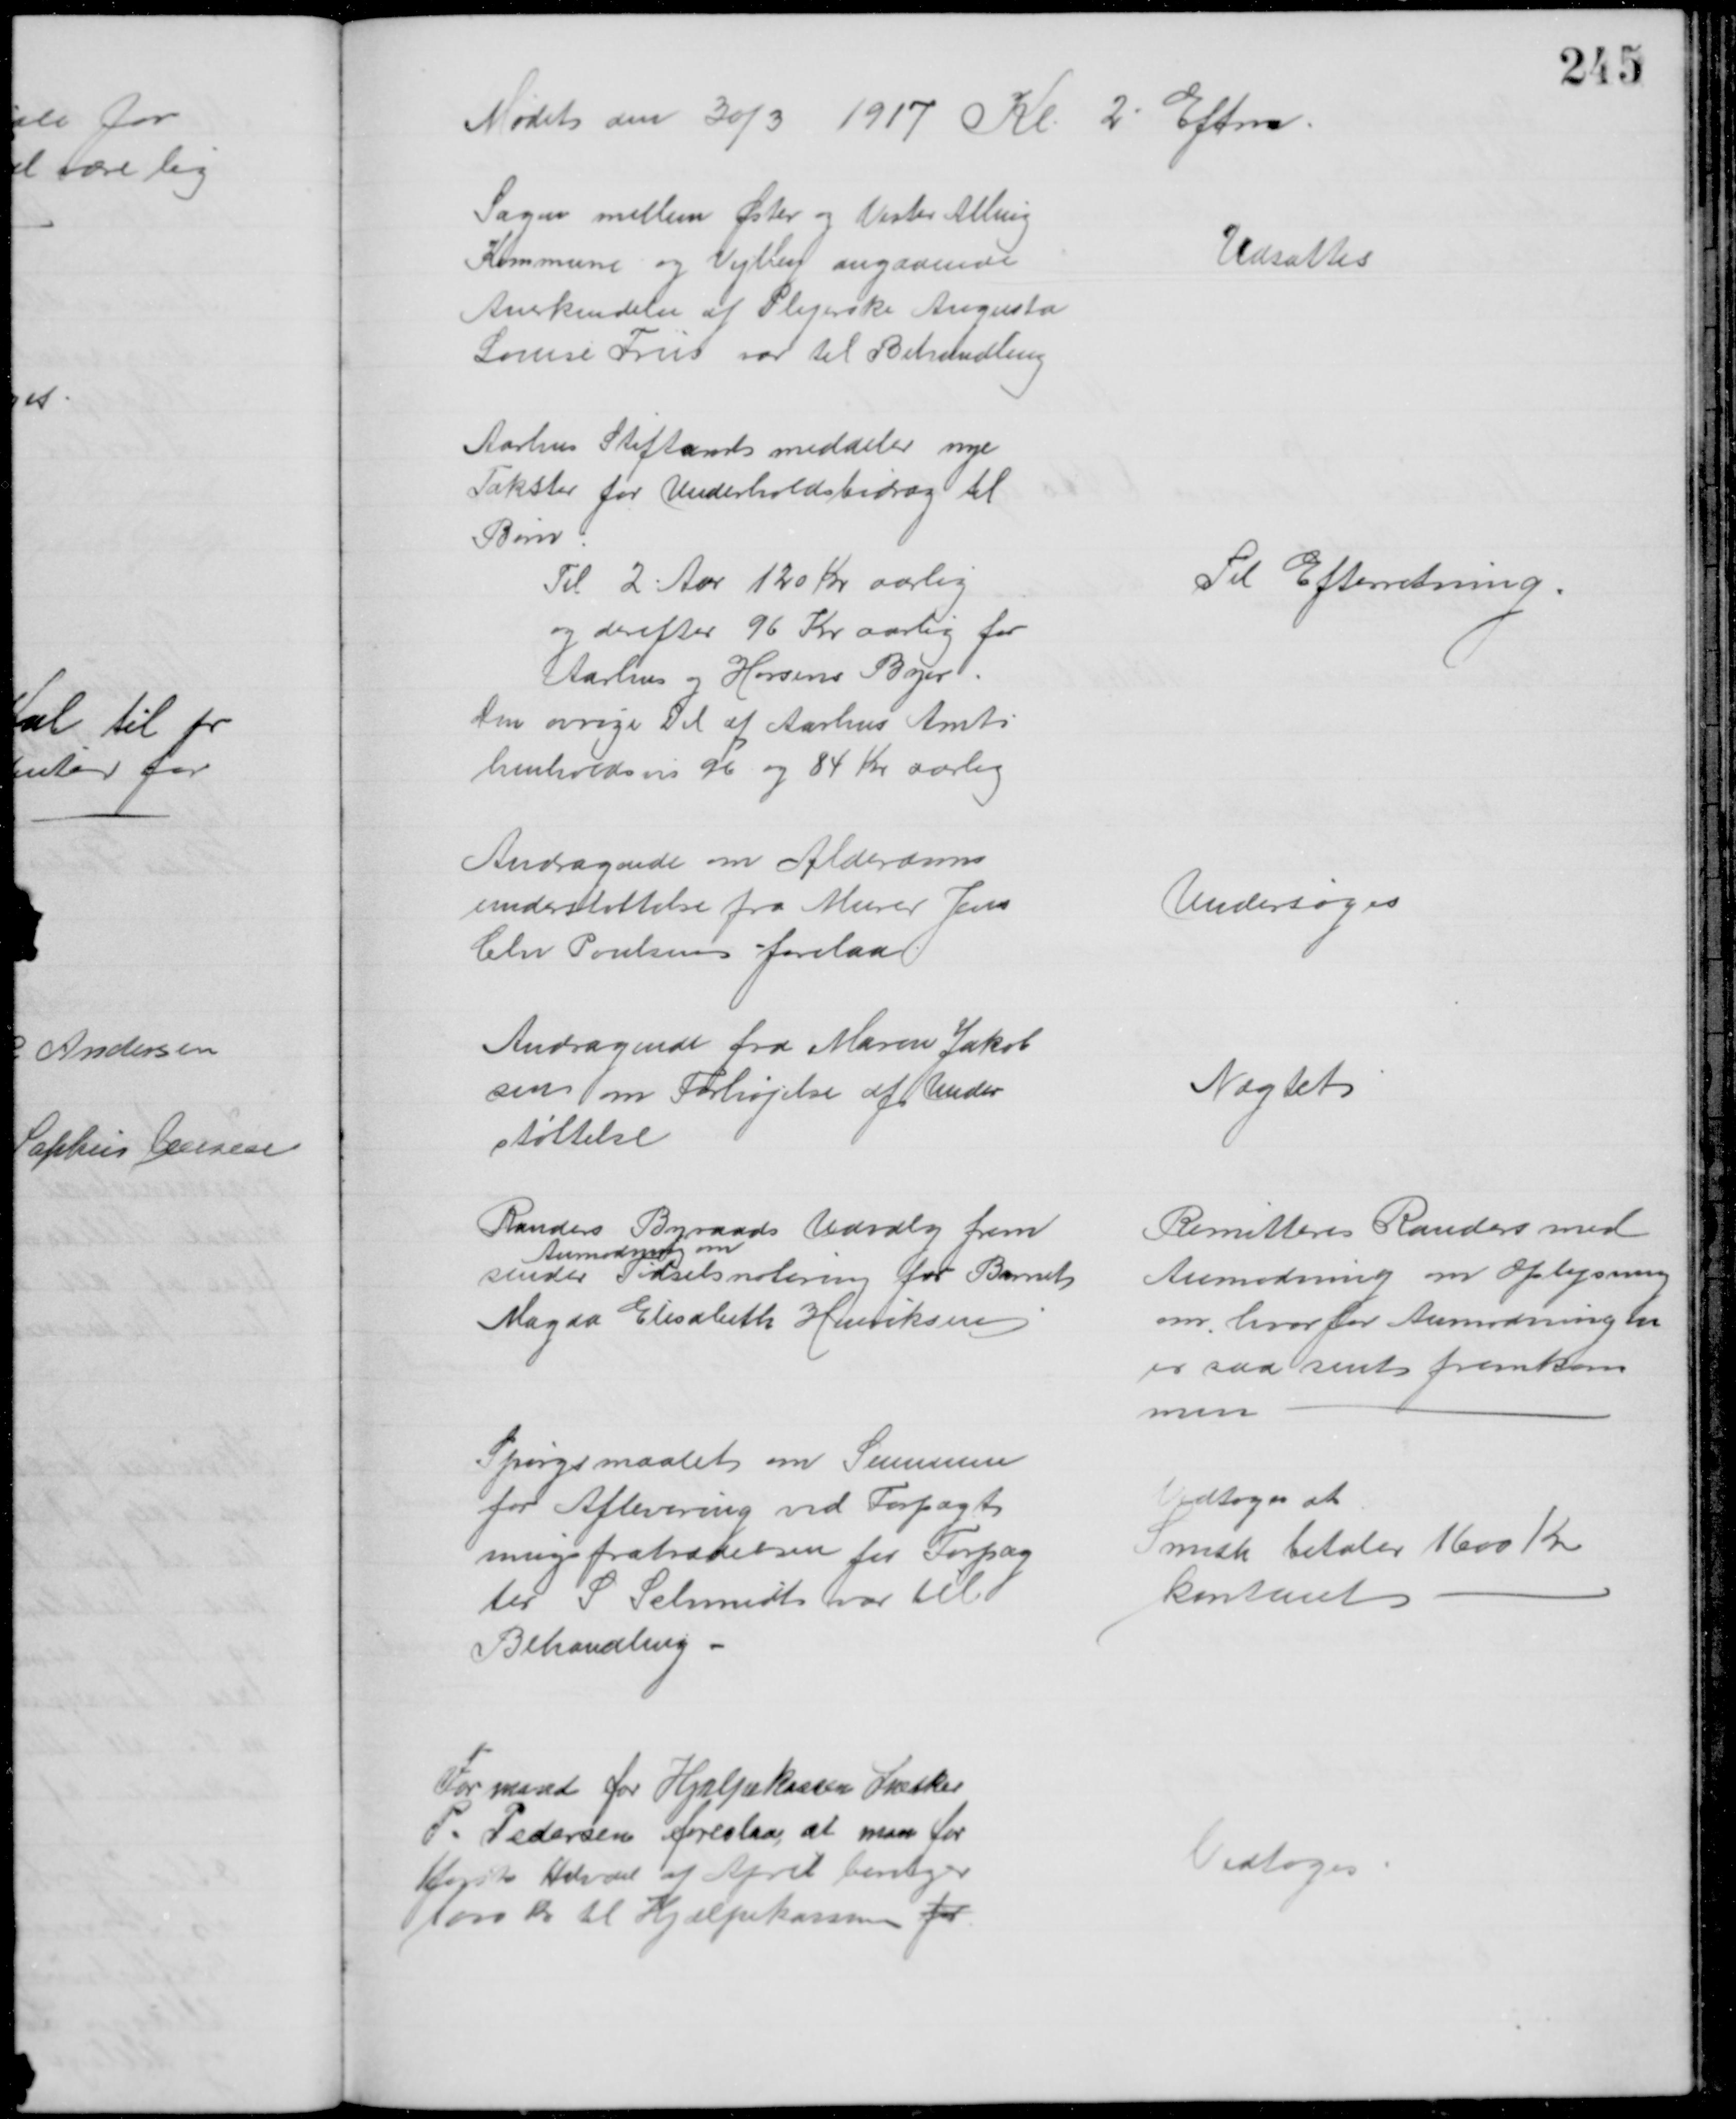
Transskription:
Mødet den 30/3 1917 Kl 2 Eftm.
Sagen mellem Øster og Vester Alling
Kommune og Vejlby angaaende
Anerkendelse af Plejerske Augusta
Louise Friis var til Behandling
Udsattes
Aarhus Stiftamt meddeler nye
Takster for Underholdsbidrag til 
Børn
Til 2 Aar 120 Kr aarlig
og derefter 96 Kr aarlig for
Aarhus og Horsens Byer.
Den øvrige Del af Aarhus Amt
henholdsvis 96 og 84 Kr aarlig
Til Efterretning
Andragende om Alderdoms
understøttelse fra Murer Jens
Chr Poulsen forelaa
Undersøges
Andragende fra Maren Jakob
sen om Forhøjelse af Under
støttelse
Nægtet
Randers Byraads Udvalg frem
sender 
Anmodning om
Fødselsnotering for Barnet
Magda Elisabeth Henriksen
Remitteres Randers med
Anmodning om Oplysning
om, hvorfor Anmodningen
er saa sent fremkom
men
Spørgsmaalet om Summen
for Aflevering ved Forpagt
ningsfratrædelsen for Forpag
ter S Schmidt var til
Behandling
Vedtoges at
Smith betaler 1600 Kr
kontant
Formand for Hjælpekassen Snedker
P. Pedersen foreslaar, at man for
1første Halvdel af April bevilger
1000 Kr til Hjælpekassen for
Vedtoges